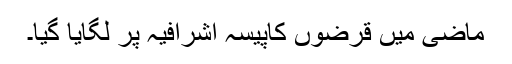
ماضی میں قرضوں کاپیسہ اشرافیہ پر لگایا گیا۔